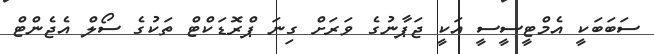
ސަބަބަކީ އެމްޓީސީސީ އަކީ ޖަޕާނުގެ ވަރަށް ގިނަ ޕްރޮޑަކްޓް ތަކުގެ ސޯލް އެޖެންޓް